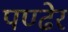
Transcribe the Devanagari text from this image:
पण्ढेर